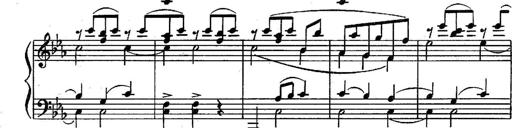
Title: Sonatina in G minor for piano
Composer: Nikolay Medtner
Key: G minor